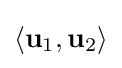
\langle \mathbf {u} _{1},\mathbf {u} _{2}\rangle